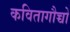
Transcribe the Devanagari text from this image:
कवितागौच्चो